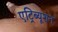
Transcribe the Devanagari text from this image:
एट्रिब्यूशन